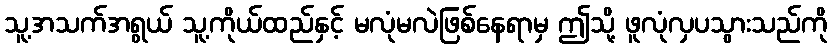
သူ့အသက်အရွယ် သူ့ကိုယ်ထည်နှင့် မလုံမလဲဖြစ်နေရာမှ ဤသို့ ဖူလုံလှပသွားသည်ကို